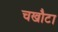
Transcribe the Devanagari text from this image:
चखौटा